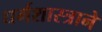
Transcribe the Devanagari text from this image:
धर्मशास्त्राने